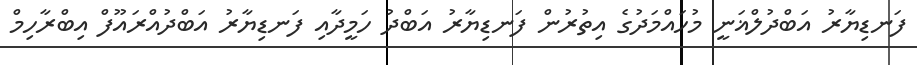
ފަނޑިޔާރު އަބްދުލްޣަނީ މުހައްމަދުގެ އިތުރުން ފަނޑިޔާރު އަބްދު ހަމީދާއި ފަނޑިޔާރު އަބްދުއްރައޫފް އިބްރާހިމް